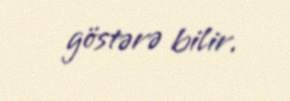
göstərə bilir.